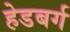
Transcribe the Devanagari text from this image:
हेडबर्ग